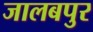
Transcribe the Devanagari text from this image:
जालबपुर